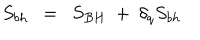
S _ { b h } ~ ~ = ~ ~ S _ { B H } ~ + ~ \delta _ { q } S _ { b h }